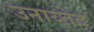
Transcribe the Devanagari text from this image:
उनाय्तेद